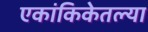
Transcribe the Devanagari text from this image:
एकांकिकेतल्या